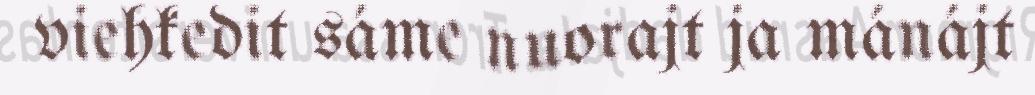
viehkedit sáme nuorajt ja mánájt